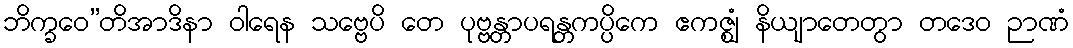
ဘိက္ခဝေ”တိအာဒိနာ ဝါရေန သဗ္ဗေပိ တေ ပုဗ္ဗန္တာပရန္တကပ္ပိကေ ဧကဇ္ဈံ နိယျာတေတွာ တဒေဝ ဉာဏံ